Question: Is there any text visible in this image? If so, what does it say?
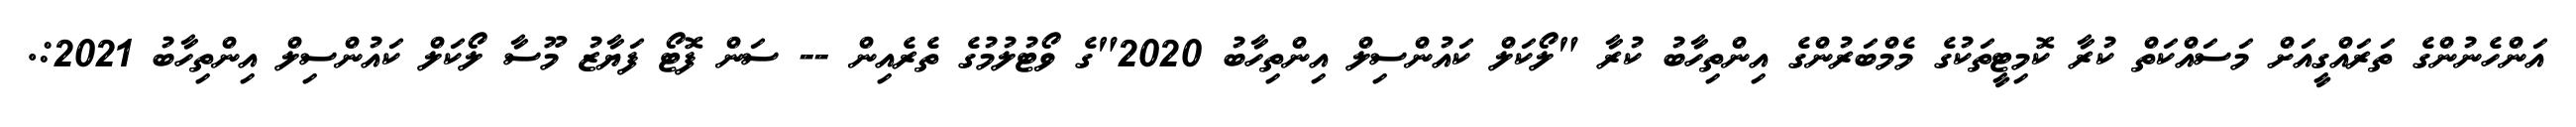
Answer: އަންހެނުންގެ ތަރައްގީއަށް މަސައްކަތް ކުރާ ކޮމިޓީތަކުގެ މެމްބަރުންގެ އިންތިހާބު ކުރާ "ލޯކަލް ކައުންސިލް އިންތިހާބު 2020"ގެ ވޯޓުލުމުގެ ތެރެއިން -- ސަން ފޮޓޯ ފަޔާޒު މޫސާ ލޯކަލް ކައުންސިލް އިންތިހާބު 2021:.